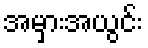
အမှားအယွင်း